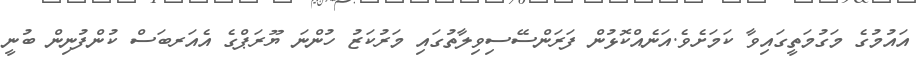
އައުމުގެ މަގުމަތީގައިވާ ކަމަށެވެ.އަނެއްކޮޅުން ފަރަންސޭސިވިލާތުގައި މަރުކަޒު ހުންނަ ޔޫރަޕްގެ އެއަރބަސް ކުންފުނިން ބުނީ